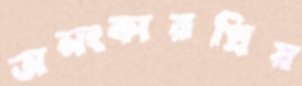
অলংকারপ্রিয়